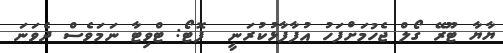
ޔާޔާ ޓޫރޭ ގޯލް ޖެހުމަށްފަހު އުފާފާޅުކުރަނީ  ފޮޓޯ: ޓްވިޓާ ނަމަވެސް ދެވަނަ